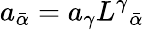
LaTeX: a_{\bar{\alpha}}=a_{\gamma}L^{\gamma}{}_{\bar{\alpha}}